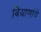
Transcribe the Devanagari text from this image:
बियाणांचे